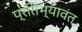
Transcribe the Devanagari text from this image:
प्रतिभ्यावंत